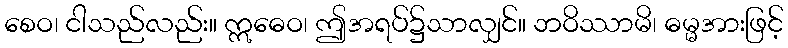
စေဝ၊ ငါသည်လည်း။ ဣဓေဝ၊ ဤအရပ်၌သာလျှင်။ ဘဝိဿာမိ၊ ဓမ္မအားဖြင့်